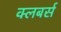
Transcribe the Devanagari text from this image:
क्लबर्स